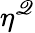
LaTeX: \eta^{\mathscr{Q}}